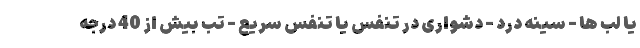
یا لب ها - سینه درد - دشواری در تنفس یا تنفس سریع - تب بیش از 40 درجه